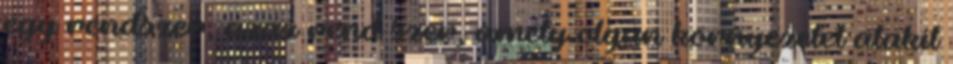
egy rendszer, azaz rend szer, amely olyan környezetet alakít